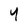
Character: 4